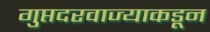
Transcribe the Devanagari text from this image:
गुप्तदरवाज्याकडून